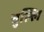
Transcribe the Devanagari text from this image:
चुल्लि